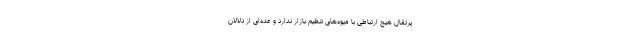
پرتقال هیچ ارتباطی با میوه‌های تنظیم بازار ندارد و عده‌ای از دلالان